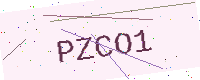
Text: PZCO1